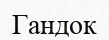
Гандок